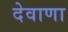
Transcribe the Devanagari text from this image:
देवाणा